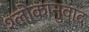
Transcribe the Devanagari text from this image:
श्‍लोकानुवाद